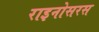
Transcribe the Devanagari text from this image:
राइनोसरस